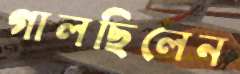
গালছিলেন